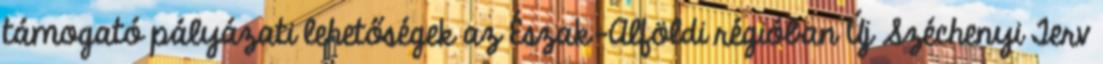
támogató pályázati lehetőségek az Észak-Alföldi régióban Új Széchenyi Terv